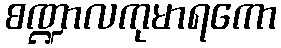
စဏ္ဍာလကုမာရကော